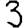
Digit: 3